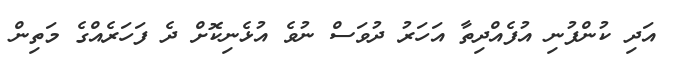
އަދި ކުންފުނި އުފެއްދިތާ އަހަރު ދުވަސް ނުވެ އުޅެނިކޮށް ދެ ފަހަރެއްގެ މަތިން